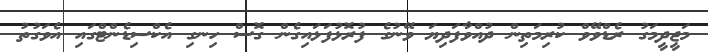
މަޖީދީމަގު ރެޑްވޭވް ކުރިމަތިން ދުއްވާފަދިޔަ ވޭނުގެ ފުރޮޅުފަޅައިގެން ގޮސް ހިނގި އެކްސިޑެންޓްގައި އެވަގުތު